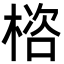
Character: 㮞